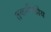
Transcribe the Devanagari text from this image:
तकनीकीय